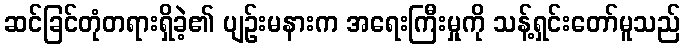
ဆင်ခြင်တုံတရားရှိခဲ့၏ ပျဉ်းမနားက အရေးကြီးမှုကို သန့်ရှင်းတော်မူသည်